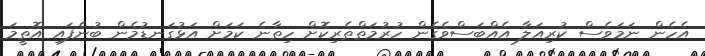
އެހެން ނަމަވެސް ކުރިއަލާ އެއްބަސްވެގެން ހުރުމަތްތެރިކޮށް ހިތާނެ ކަމަށް އަޅުގަނޑުމެން ބުނެފައި އޮތީމަ